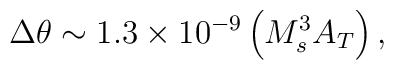
\Delta\theta \sim 1.3\times 10^{-9} \left(M_s^3A_T\right),